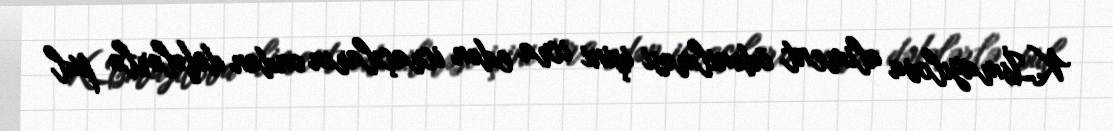
K.İsmayılova aliment ödənilməsi işini icra edən icraçıların ondan dəfələrlə pul